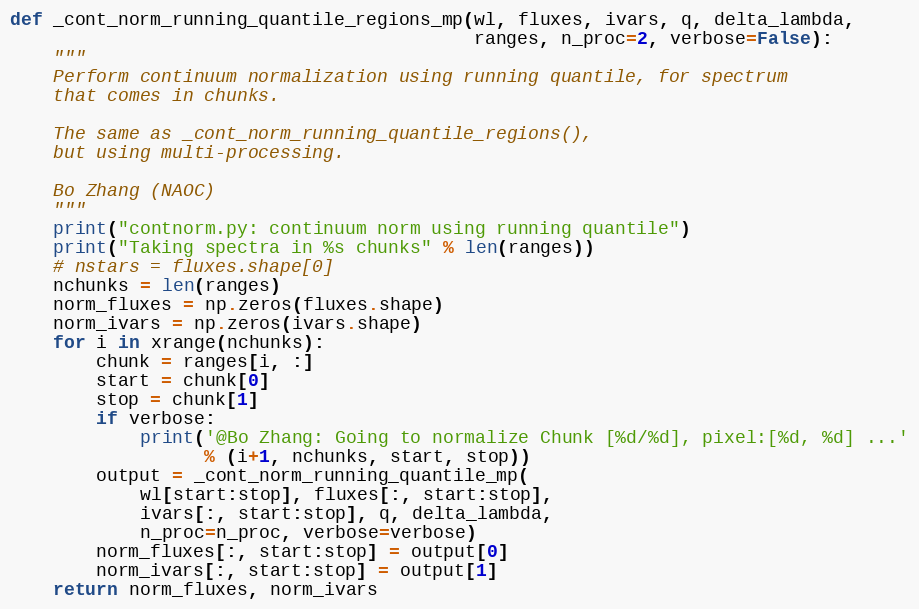
Language: Python
def _cont_norm_running_quantile_regions_mp(wl, fluxes, ivars, q, delta_lambda,
                                           ranges, n_proc=2, verbose=False):
    """
    Perform continuum normalization using running quantile, for spectrum
    that comes in chunks.

    The same as _cont_norm_running_quantile_regions(),
    but using multi-processing.

    Bo Zhang (NAOC)
    """
    print("contnorm.py: continuum norm using running quantile")
    print("Taking spectra in %s chunks" % len(ranges))
    # nstars = fluxes.shape[0]
    nchunks = len(ranges)
    norm_fluxes = np.zeros(fluxes.shape)
    norm_ivars = np.zeros(ivars.shape)
    for i in xrange(nchunks):
        chunk = ranges[i, :]
        start = chunk[0]
        stop = chunk[1]
        if verbose:
            print('@Bo Zhang: Going to normalize Chunk [%d/%d], pixel:[%d, %d] ...'
                  % (i+1, nchunks, start, stop))
        output = _cont_norm_running_quantile_mp(
            wl[start:stop], fluxes[:, start:stop],
            ivars[:, start:stop], q, delta_lambda,
            n_proc=n_proc, verbose=verbose)
        norm_fluxes[:, start:stop] = output[0]
        norm_ivars[:, start:stop] = output[1]
    return norm_fluxes, norm_ivars